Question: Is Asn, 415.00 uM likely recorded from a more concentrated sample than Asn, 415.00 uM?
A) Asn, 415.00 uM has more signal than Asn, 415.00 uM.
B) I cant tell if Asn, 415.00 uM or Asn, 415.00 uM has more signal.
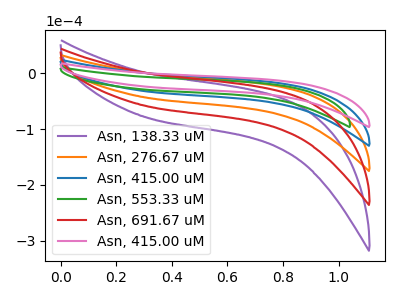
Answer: <think>The purple curve "Asn, 138.33 uM" has no peaks. The orange curve "Asn, 276.67 uM" has no peaks. The blue curve "Asn, 415.00 uM" has no peaks. The green curve "Asn, 553.33 uM" has no peaks. The red curve "Asn, 691.67 uM" has no peaks. The pink curve "Asn, 415.00 uM" has no peaks.
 Neither "Asn, 415.00 uM" or "Asn, 415.00 uM" have any peaks.</think>
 <answer>B) I cant tell if "Asn, 415.00 uM" or "Asn, 415.00 uM" has more signal.</answer>
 <eval>B</eval>